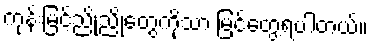
ကုန်းမြင့်ညိုညိုတွေကိုသာ မြင်တွေ့ရပါတယ်။